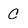
Character: C